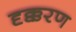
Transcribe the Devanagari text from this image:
दृक्करण